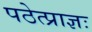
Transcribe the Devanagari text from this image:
पठेत्प्राज्ञः